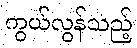
ကွယ်လွန်သည့်